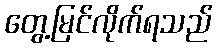
တွေ့မြင်လိုက်ရသည်